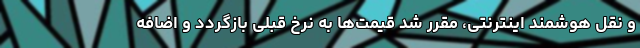
و نقل هوشمند اینترنتی، مقرر شد قیمت‌ها به نرخ قبلی بازگردد و اضافه